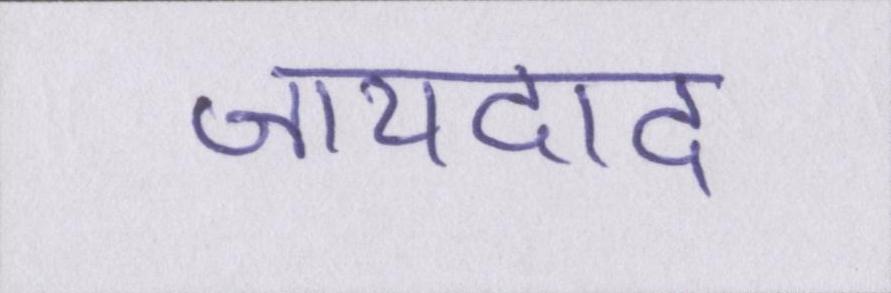
जायदाद